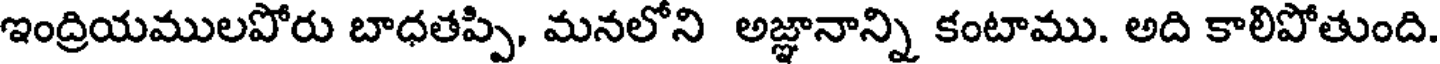
ఇంద్రియములపోరు బాధతప్పి, మనలోని అజ్ఞానాన్ని కంటాము. అది కాలిపోతుంది.